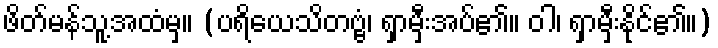
ဖိတ်မန်သူ့အထံမှ။ (ပရိယေသိတဗ္ဗံ၊ ရှာမှီးအပ်၏။ ဝါ၊ ရှာမှီးနိုင်၏။)